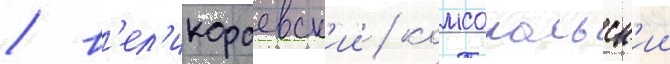
/ в'ел'икораевск'ии / комсомольск'ии